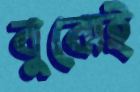
বুঝেই